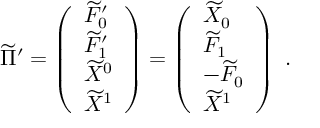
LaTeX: \widetilde \Pi ^ { \prime } = \left( \begin{array} { l } { { \widetilde F _ { 0 } ^ { \prime } } } \\ { { \widetilde F _ { 1 } ^ { \prime } } } \\ { { \widetilde X ^ { 0 } } } \\ { { \widetilde X ^ { 1 } } } \end{array} \right) = \left( \begin{array} { l } { { \widetilde X _ { 0 } } } \\ { { \widetilde F _ { 1 } } } \\ { { - \widetilde F _ { 0 } } } \\ { { \widetilde X ^ { 1 } } } \end{array} \right) \ .